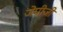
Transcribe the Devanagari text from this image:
जेपीजी